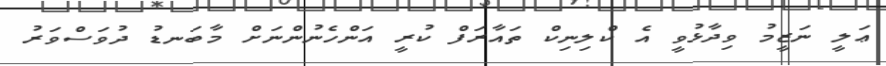
ޢަލީ ނަޒީމު ވިދާޅުވީ އެ ކްލިނިކް ތައާރަފް ކުރީ އަންހެނުންނަށް މާބަނޑު ދުވަސްވަރު